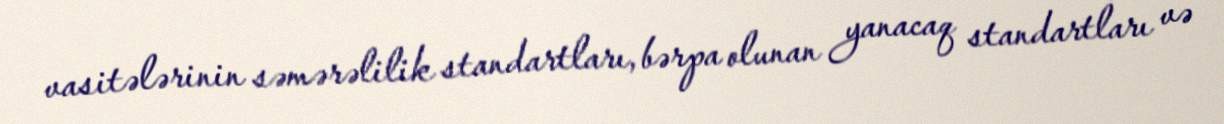
vasitələrinin səmərəlilik standartları, bərpa olunan yanacaq standartları və